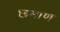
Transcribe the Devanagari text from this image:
छमाण